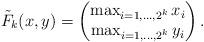
LaTeX: \begin{align*}\tilde{F}_k(x,y) = \begin{pmatrix}\max_{i=1,\ldots,2^k} x_i\\\max_{i=1,\ldots,2^k} y_i\end{pmatrix}.\end{align*}